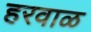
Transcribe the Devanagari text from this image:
हरवाळ